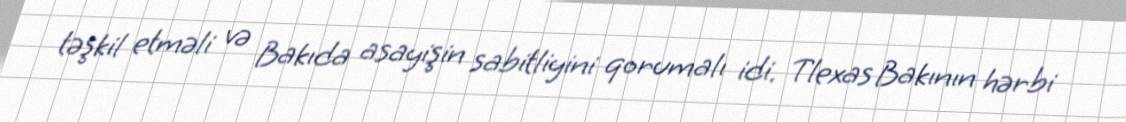
təşkil etməli və Bakıda asayişin sabitliyini qorumalı idi. Tlexas Bakının hərbi